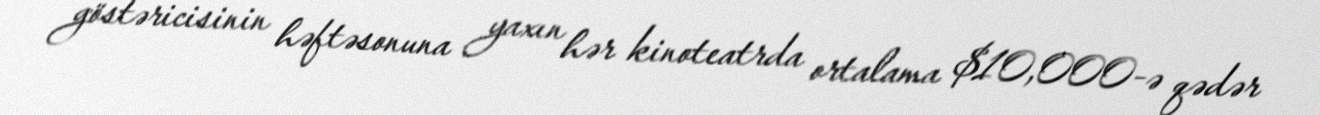
göstəricisinin həftəsonuna yaxın hər kinoteatrda ortalama $10,000-ə qədər